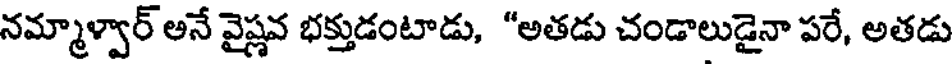
నమ్మాళ్వార్ అనే వైష్ణవ భక్తుడంటాడు, "అతడు చండాలుడైనా పరే, అతడు